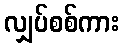
လျှပ်စစ်ကား